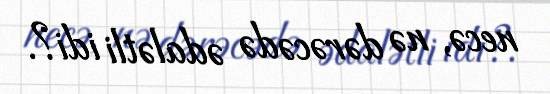
necə, nə dərəcədə ədalətli idi?.